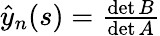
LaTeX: \begin{array}{r}{\hat{y}_{n}(s)=\frac{\operatorname*{det}B}{\operatorname*{det}A}}\end{array}